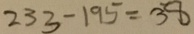
2 3 3 - 1 9 5 = 3 8